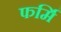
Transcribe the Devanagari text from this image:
फर्मि